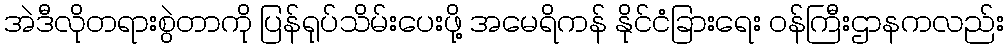
အဲဒီလိုတရားစွဲတာကို ပြန်ရုပ်သိမ်းပေးဖို့ အမေရိကန် နိုင်ငံခြားရေး ဝန်ကြီးဌာနကလည်း